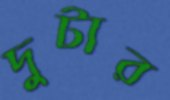
দুটার